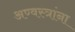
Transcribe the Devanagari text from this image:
अण्वस्त्रांना